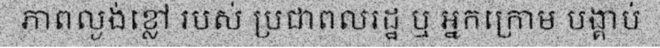
ភាពល្ងង់ខ្លៅ របស់ ប្រជាពលរដ្ឋ ឬ អ្នកក្រោម បង្គាប់